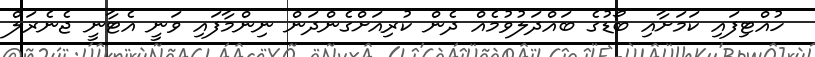
ހުއްޓިފައި ކަމަށާއި ބޯޑުގެ ބައްދަލުވުމެއް ދެން ކުރިއަށްގެންދަން ނިންމާފައި ވަނީ އެޓާނީ ޖެނެރަލް